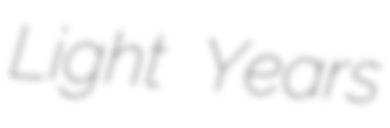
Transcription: Light Years